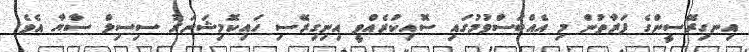
އިނގިރޭސީންގެ ފަރާތުން މި އެއްބަސްވުމުގައި ސޮއިކުރެއްވީ އިނިގިރޭސި ހައިކޮމިޝަނަރު ސިސިލް ސާޔާ އެެވެ.